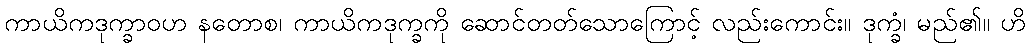
ကာယိကဒုက္ခာဝဟ နတောစ၊ ကာယိကဒုက္ခကို ဆောင်တတ်သောကြောင့် လည်းကောင်း။ ဒုက္ခံ၊ မည်၏။ ဟိ